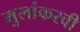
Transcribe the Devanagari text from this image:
मुलांकरवी